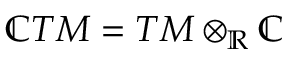
\mathbb { C } T M = T M \otimes _ { \mathbb { R } } \mathbb { C }